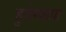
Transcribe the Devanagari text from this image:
हुशेनशाह